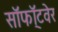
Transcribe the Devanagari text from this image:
सॉफॉ्टवेर